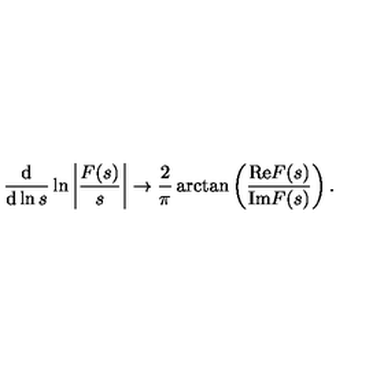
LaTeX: \frac { \mathrm { d } } { \mathrm { d } \ln s } \ln \left| \frac { F ( s ) } { s } \right| \rightarrow \frac { 2 } { \pi } \arctan \left( \frac { \mathrm { R e } F ( s ) } { \mathrm { I m } F ( s ) } \right) .